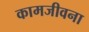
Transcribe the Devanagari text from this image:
कामजीवना